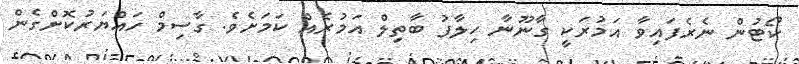
ކޯޓުން ނެރެފައިވާ އަމުރަކީ ގާނޫނާ ހިލާފު ބާތިލް އަމުރެއް ކަމަށެވެ. ގާސިމް ހައްޔަރުކޮށްގެން